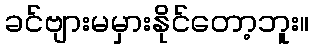
ခင်ဗျားမမှားနိုင်တော့ဘူး။